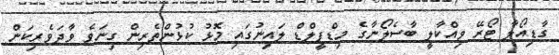
ގާޑިއޯލާ ޓޯރޭ ވިއްކާލީ ބާސެލޯނާގެ މިޑްފީލްޑް ލައިނުގައި މޮޅު ކުޅުންތެރިން ގިނަވެ ވާދަވެރިކަން